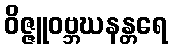
ဝိဇ္ဇူဝဗ္ဘဃနန္တရေ